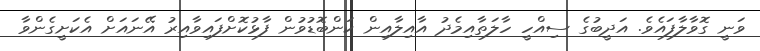
ވަނީ ގޮވާލާފައެވެ. އަދީބުގެ ސިއްހީ ހާލަތާއިމެދު އާއިލާއިން ކަންބޮޑުވުން ފާޅުކޮށްފައިވާއިރު އޭނައަށް އެކަށީގެންވާ